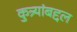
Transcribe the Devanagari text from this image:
कुत्र्यांबद्दल